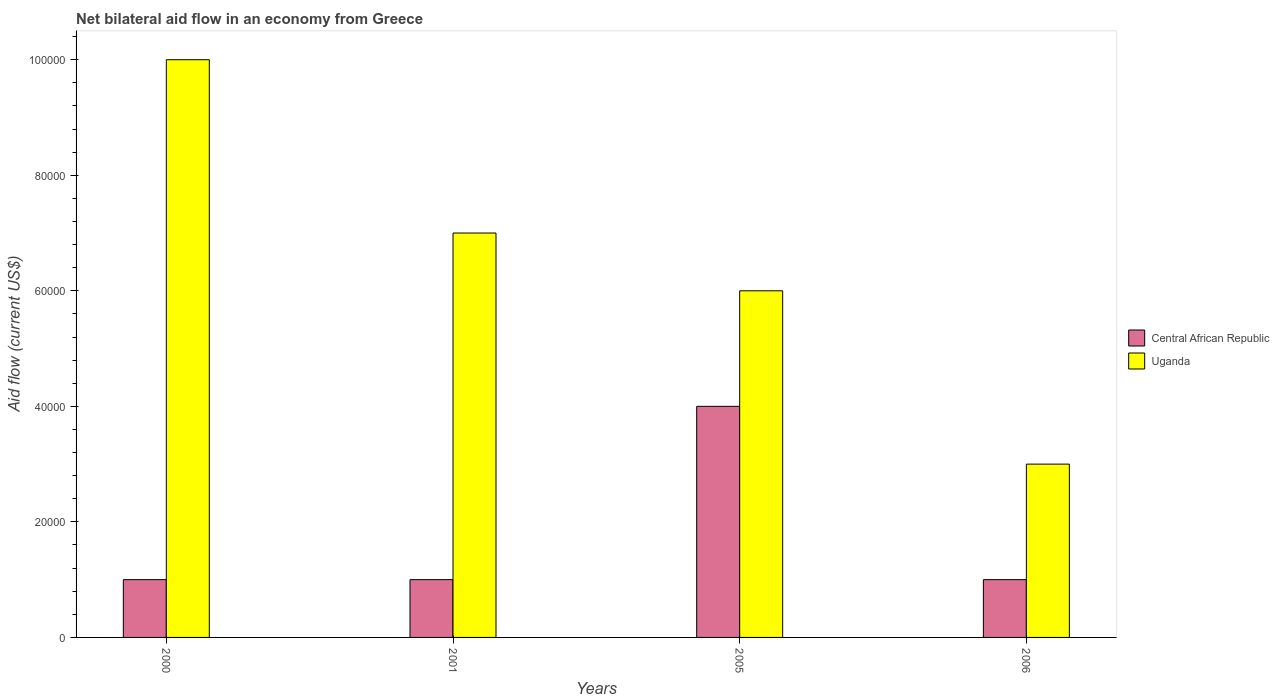
| Years | Central African Republic | Uganda |
 | --- | --- | --- |
 | 2000 | 1e+04 | 1e+05 |
 | 2001 | 1e+04 | 7e+04 |
 | 2005 | 4e+04 | 6e+04 |
 | 2006 | 1e+04 | 3e+04 |